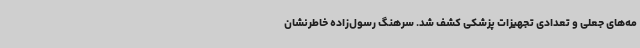
مه‌های جعلی و تعدادی تجهیزات پزشکی کشف شد. سرهنگ رسول‌زاده خاطرنشان